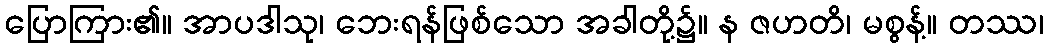
ပြောကြား၏။ အာပဒါသု၊ ဘေးရန်ဖြစ်သော အခါတို့၌။ န ဇဟတိ၊ မစွန့်။ တဿ၊